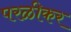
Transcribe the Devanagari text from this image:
परळीकर